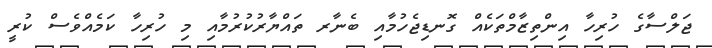
ޖަލްސާގެ ހުރިހާ އިންތިޒާމްތަކެއް ގޮނޑިޖެހުމާއި ބެނާރ ތައްޔާރުކުރުމާއި މި ހުރިހާ ކަމެއްވެސް ކުރީ